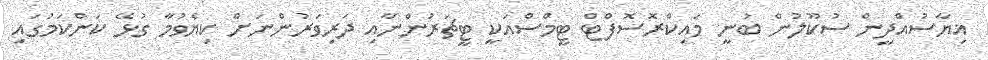
ޣިޔާސުއްދީން ސުކޫލުން ބުނީ މައިކްރޮސޮފްޓް ޓީމްސްއަކީ ޓީޗަރުންނާއި ދަރިވަރުންނަށް ކިޔެވުމާ ގުޅޭ ކަންކަމުގައި